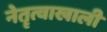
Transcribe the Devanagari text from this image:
नेतॄत्वाखाली